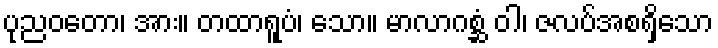
ပုညဝတော၊ အား။ တထာရူပံ၊ သော။ မာလာဂစ္ဆံ ဝါ၊ ဇလပ်အစရှိသော